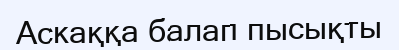
Аскаққа балап пысықты